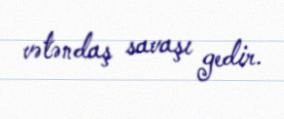
vətəndaş savaşı gedir.